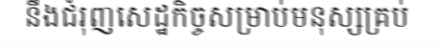
នឹងជំរុញសេដ្ឋកិច្ចសម្រាប់មនុស្សគ្រប់